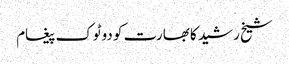
شیخ رشید کا بھارت کو دوٹوک پیغام